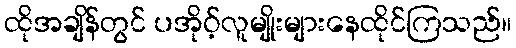
ထိုအချိန်တွင် ပအိုဝ့်လူမျိုးများနေထိုင်ကြသည်။